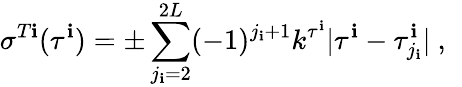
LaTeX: \sigma^{T\mathbf{i}}(\tau^{\mathbf{i}})=\pm\sum_{j_{\mathbf{i}}=2}^{2L}(-1)^{j_{\mathbf{i}}+1}k^{\tau^{\mathbf{i}}}|\tau^{\mathbf{i}}-\tau_{j_{\mathbf{i}}}^{\mathbf{i}}|~,~\,